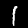
Label: 1